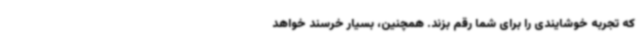
که تجربه خوشایندی را برای شما رقم بزند. همچنین، بسیار خرسند خواهد